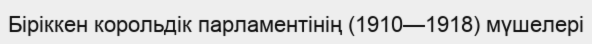
Біріккен корольдік парламентінің (1910—1918) мүшелері